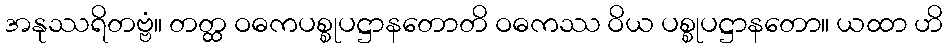
အနုဿရိတဗ္ဗံ။ တတ္ထ ဝဓကပစ္စုပဋ္ဌာနတောတိ ဝဓကဿ ဝိယ ပစ္စုပဋ္ဌာနတော။ ယထာ ဟိ